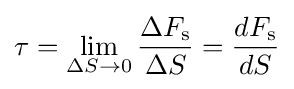
\mathbf {\tau } =\lim _{\Delta S\to 0}{\frac {\Delta F_{\mathrm {s} }}{\Delta S}}={\frac {dF_{\mathrm {s} }}{dS}}